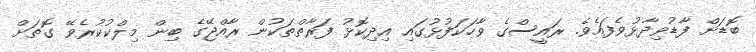
ބޮޑަށް ފާޑުވިދާޅުވެފައެވެ. ރައީސްގެ ވާހަކަފުޅުގައި އިދިކޮޅު ފަރާތްތަކުން ރާއްޖޭގެ ބިން މިލްކުކުރެވޭ ގޮތަށް